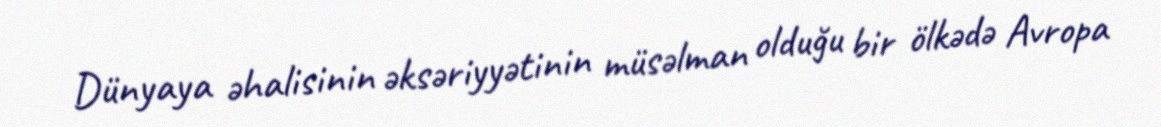
Dünyaya əhalisinin əksəriyyətinin müsəlman olduğu bir ölkədə Avropa